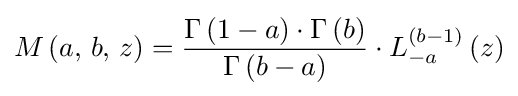
M\left(a,\,b,\,z\right)={\frac {\Gamma \left(1-a\right)\cdot \Gamma \left(b\right)}{\Gamma \left(b-a\right)}}\cdot L_{-a}^{(b-1)}\left(z\right)